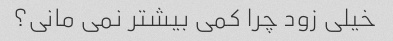
خیلی زود چرا کمی بیشتر نمی مانی؟